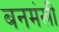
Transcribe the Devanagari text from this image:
बनमंखी